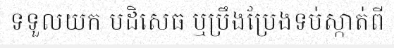
ទទួលយក បដិសេធ ឬប្រឹងប្រែងទប់ស្កាត់ពី